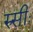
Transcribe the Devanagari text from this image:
रुसीः